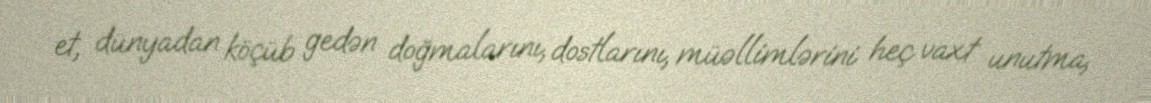
et, dünyadan köçüb gedən doğmalarını, dostlarını, müəllimlərini heç vaxt unutma,